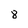
Character: 8